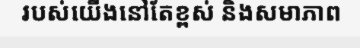
របស់យើងនៅតែខ្ពស់ និងសមាភាព